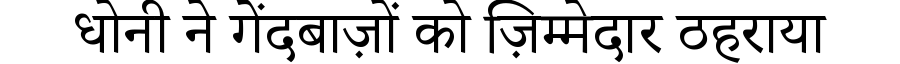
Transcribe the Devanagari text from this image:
धोनी ने गेंदबाज़ों को ज़िम्मेदार ठहराया